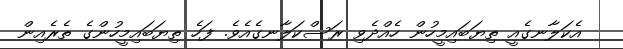
އެކަލާނގެއީ ތިޔަބައިމީހުން ހެއްދެވި ރަސްކަލާނގެއެވެ. ފަހެ ތިޔަބައިމީހުންގެ ތެރެއިން